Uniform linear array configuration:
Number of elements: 24
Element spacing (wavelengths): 1
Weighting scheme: uniform
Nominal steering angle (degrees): -60
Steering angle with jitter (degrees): -60.146
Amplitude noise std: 0.05
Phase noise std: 0.05

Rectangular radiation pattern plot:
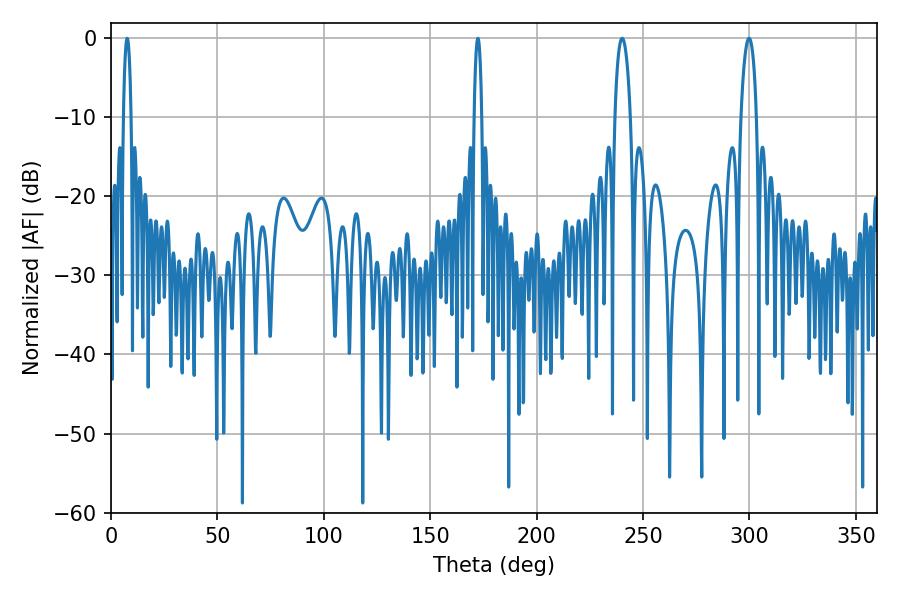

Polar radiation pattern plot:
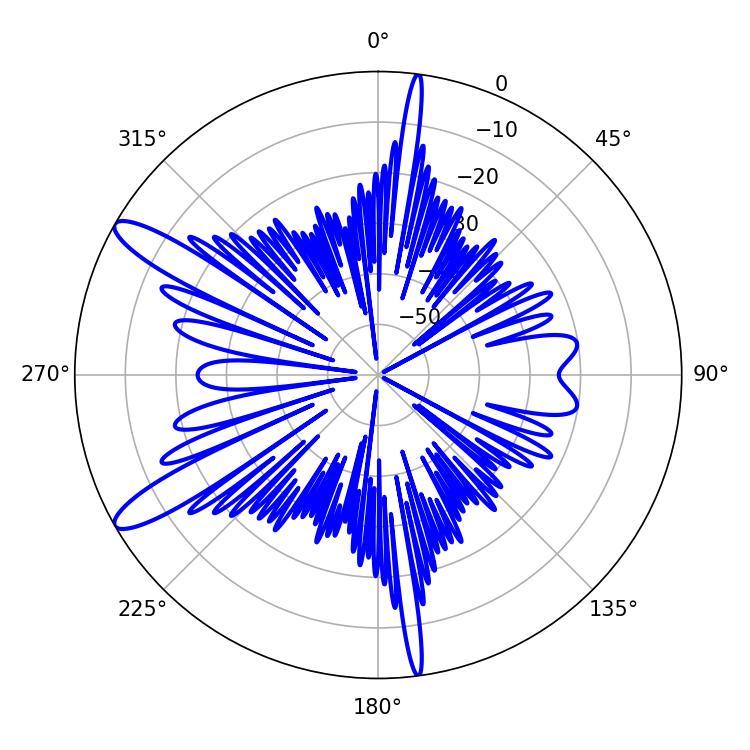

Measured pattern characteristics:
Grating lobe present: TRUE
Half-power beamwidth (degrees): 4.14
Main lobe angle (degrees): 240.12